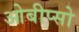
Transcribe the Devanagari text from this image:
ओबीप्‍सो